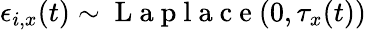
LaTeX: \epsilon_{i,x}(t)\sim\mathrm{~L~a~p~l~a~c~e~}(0,\tau_{x}(t))